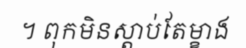
។ ពុកមិនស្តាប់តែម្ខាង